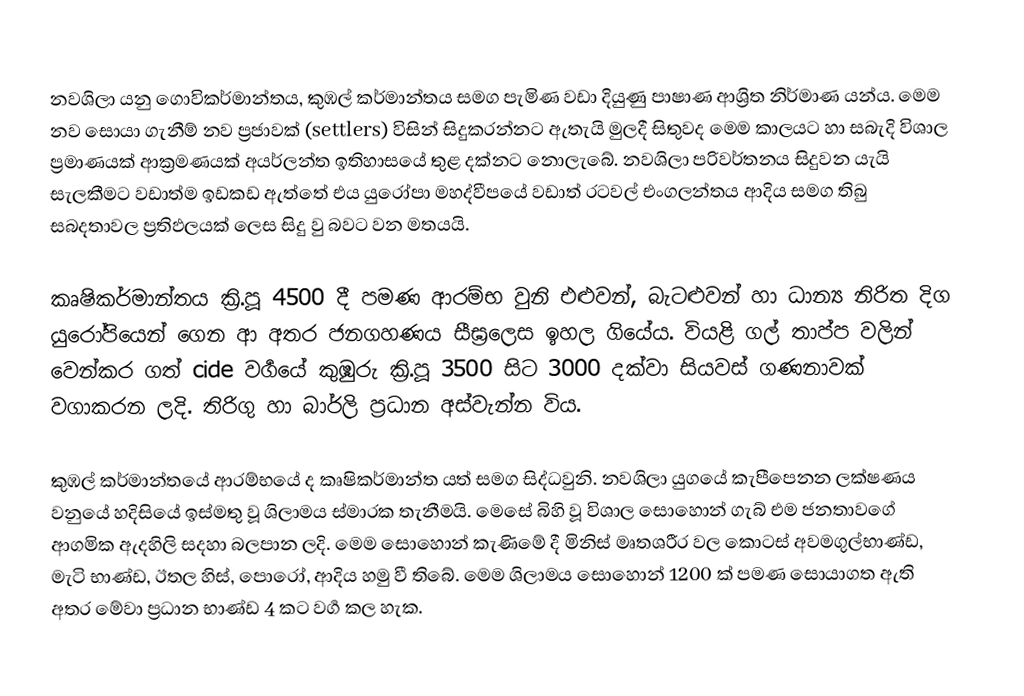
නවශිලා යනු ගොවිකර්මාන්තය, කුඹල් කර්මාන්තය සමග පැමිණ වඩා දියුණු පාෂාණ ආශ්‍රිත නිර්මාණ යන්ය. මෙම නව සොයා ගැනීම් නව ප්‍රජාවක්  (settlers)   විසින් සිදුකරන්නට ඇතැයි මුලදී සිතුවද මෙම කාලයට හා සබැදි විශාල ප්‍රමාණයක් ආක්‍රමණයක් අයර්ලන්ත ඉතිහාසයේ තුළ දක්නට නොලැබේ. නවශිලා පරිවර්තනය සිදුවන යැයි සැලකීමට වඩාත්ම ඉඩකඩ ඇත්තේ එය යුරෝපා මහද්වීපයේ ‍වඩාත් රටවල් එංගලන්තය ආදිය සමග තිබු ‍සබදතාවල ප්‍රතිඵලයක් ලෙස සිදු වු බවට වන මතයයි.

කෘෂිකර්මාන්තය ක්‍රි.පූ 4500 දී පමණ ආරම්භ වුනි එළුවන්, බැටළුවන් හා ධාන්‍ය නිරිත දිග යුරෝපියෙන් ගෙන ආ අතර ජනගහණය සීඝ්‍රලෙස ඉහල ගියේය. වියළි ගල් තාප්ප වලින් වෙන්කර ගත් cide වර්‍ගයේ කුඹුරු ක්‍රි.පූ 3500 සිට 3000 දක්වා සියවස් ගණනාවක් වගාකරන ලදි. තිරිගු හා බාර්ලි  ප්‍රධාන අස්වැන්න විය.

කුඹල් කර්මාන්තයේ ආරම්භයේ ද කෘෂිකර්මාන්ත යත් සමග සිද්ධවුනි. නවශිලා යුගයේ කැපීපෙනන ලක්ෂණය වනුයේ හදිසියේ ඉස්මතු වූ ශිලාමය ස්මාරක තැනීමයි. මෙසේ බිහි වූ විශාල සොහොන් ගැබ් එම ජනතාවගේ ආගමික ඇදහිලි සදහා බලපාන ලදි. මෙම සොහොන් කැණිමේ දී මිනිස් මෘතශරීර වල කොටස් අවමගුල්‍භාණ්ඩ, මැටි භාණ්ඩ, ඊතල හිස්, පොරෝ, ආදිය හමු වී තිබේ. මෙම ශිලාමය සොහොන් 1200 ක් පමණ සොයාගත ඇති අතර මේවා ප්‍රධාන භාණ්ඩ 4 කට වර්‍ග කල හැක.